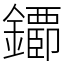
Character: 䥮